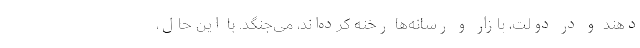
دهند و در دولت، بازار و رسانه‌ها رخنه کرده‌اند، می‌جنگد. با این حال،